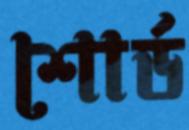
শোর্ড